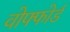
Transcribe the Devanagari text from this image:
वोफ्फोर्ड